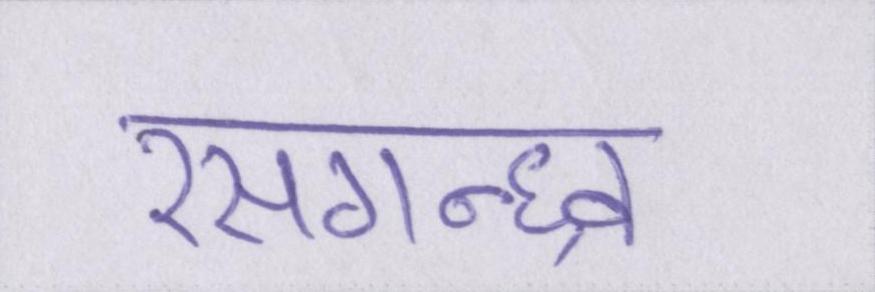
रसगन्ध्र्व